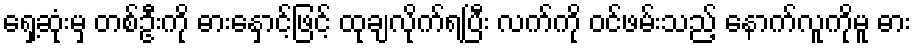
ရှေ့ဆုံးမှ တစ်ဦးကို ဓားနှောင့်ဖြင့် ထုချလိုက်ရပြီး လက်ကို ဝင်ဖမ်းသည့် နောက်လူကိုမူ ဓား